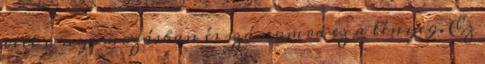
vett a nyomozásban és számomra ez a lényeg. Ez